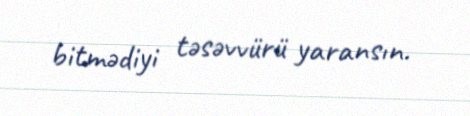
bitmədiyi təsəvvürü yaransın.